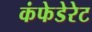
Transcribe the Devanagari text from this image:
कंफेडेरेट